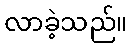
လာခဲ့သည်။